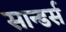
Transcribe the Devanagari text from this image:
सान्डर्स